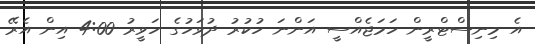
އެ މިނިސްޓްރީން ހަމަޖެއްސީ އަންނަ ހުކުރު ދުވަހުގެ ހަވީރު 4:00 އިން އެރޭ